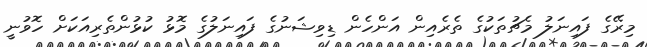
މިރޭގެ ފައިނަލު މެޗުތަކުގެ ތެރެއިން އަންހެން ޑިވިޝަނުގެ ފައިނަލުގެ މޮޅު ކުޅުންތެރިއަކަށް ހޮވުނީ